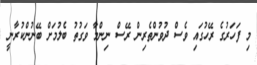
މި ފަހަރުގެ ރޭހުގައި ވެސް ދުވުންތެރިން ރޭސް ނިންމާ ވަގުތު ބެލުމަށް ބޭނުންކުރާނީ